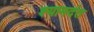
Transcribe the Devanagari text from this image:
श्यामदंत